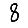
Digit: 8